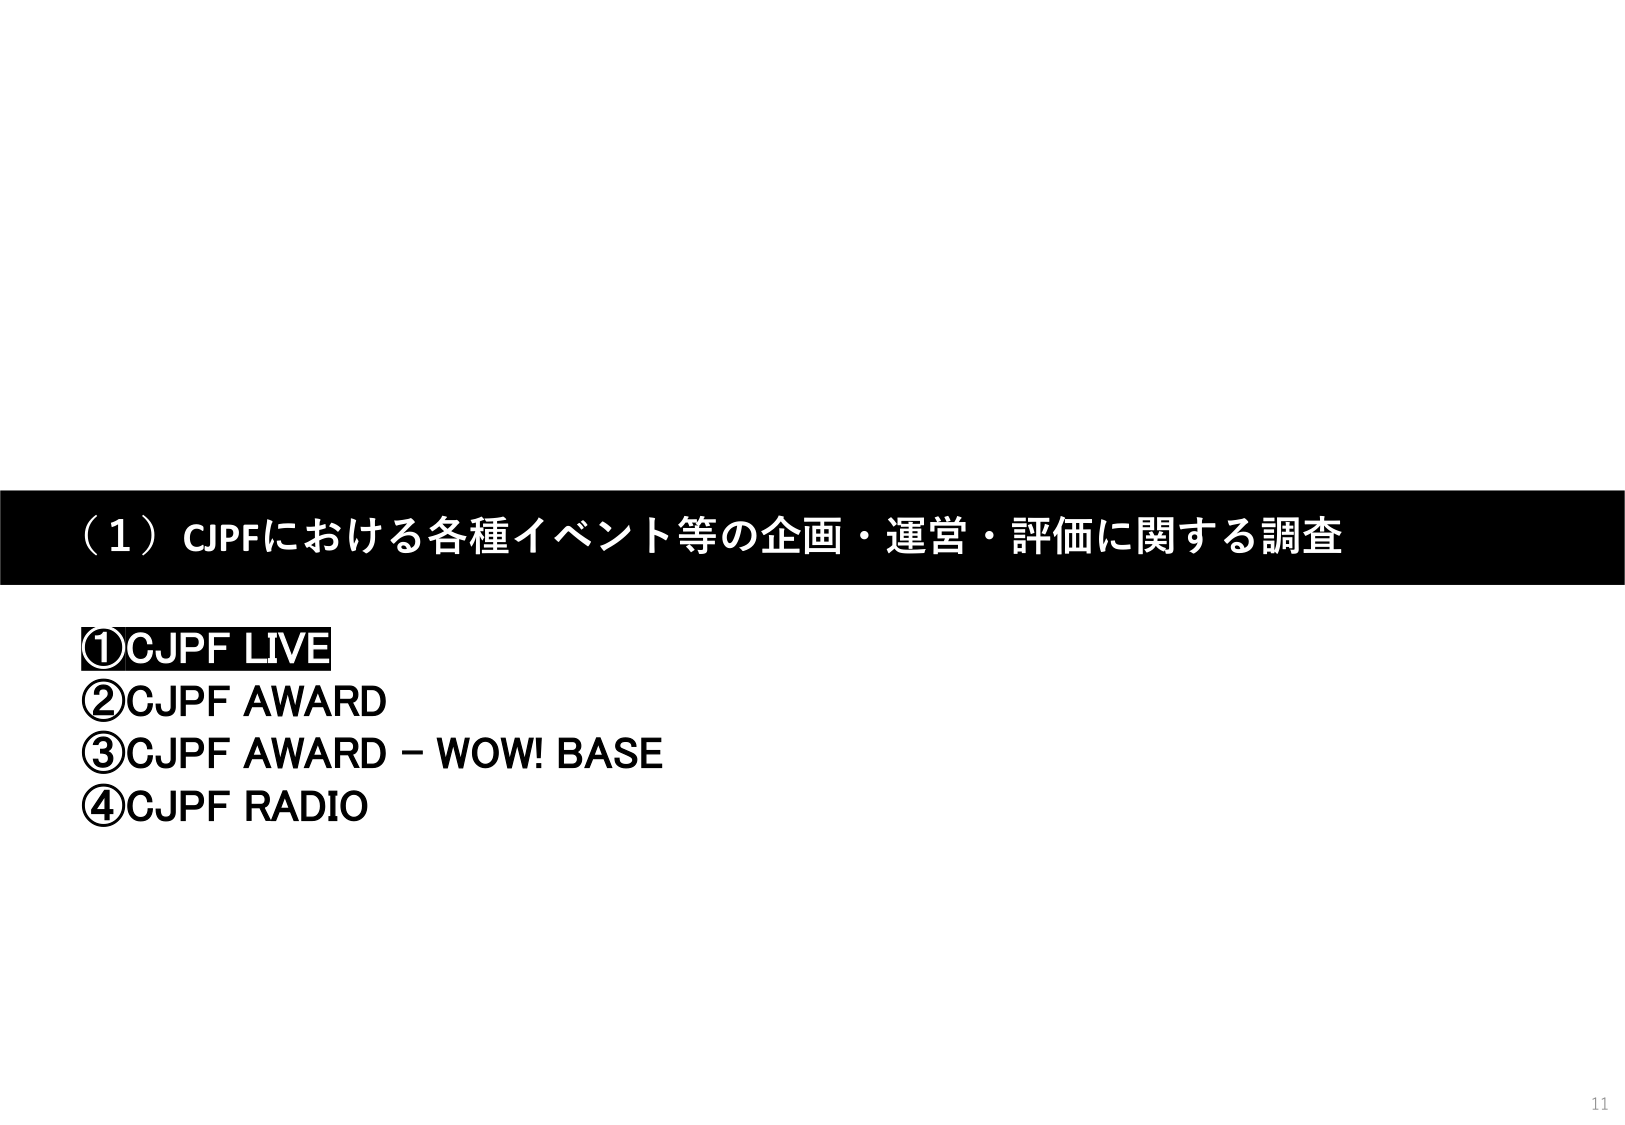
（1）CJPFにおける各種イベント等の企画・運営・評価に関する調査
①CJPF LIVE
②CJPF AWARD
③CJPF AWARD－WOW! BASE
④CJPF RADIO
11